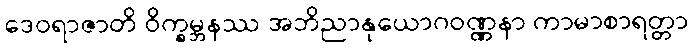
ဒေဝရာဇာတိ ဝိက္ခမ္ဘနဿ အဘိညာနုယောဂဝဏ္ဏနာ ကာမာစာရတ္တာ